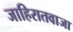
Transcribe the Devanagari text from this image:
जाहिरातवाजा